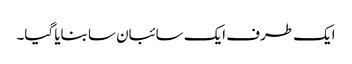
ایک طرف ایک سائبان سا بنایا گیا۔